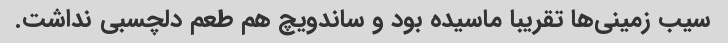
سیب زمینی‌ها تقریبا ماسیده بود و ساندویچ هم طعم دلچسبی نداشت.